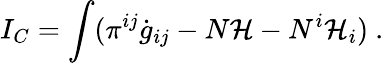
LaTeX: I_{C}=\int(\pi^{ij}\dot{g}_{ij}-N{\cal H}-N^{i}{\cal H}_{i})\ .